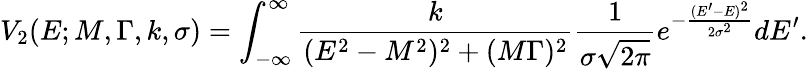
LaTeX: V_{2}(E;M,\Gamma,k,\sigma)=\int_{-\infty}^{\infty}{\frac{k}{(E^{2}-M^{2})^{2}+(M\Gamma)^{2}}}{\frac{1}{\sigma{\sqrt{2\pi}}}}e^{-{\frac{(E^{\prime}-E)^{2}}{2\sigma^{2}}}}dE^{\prime}.